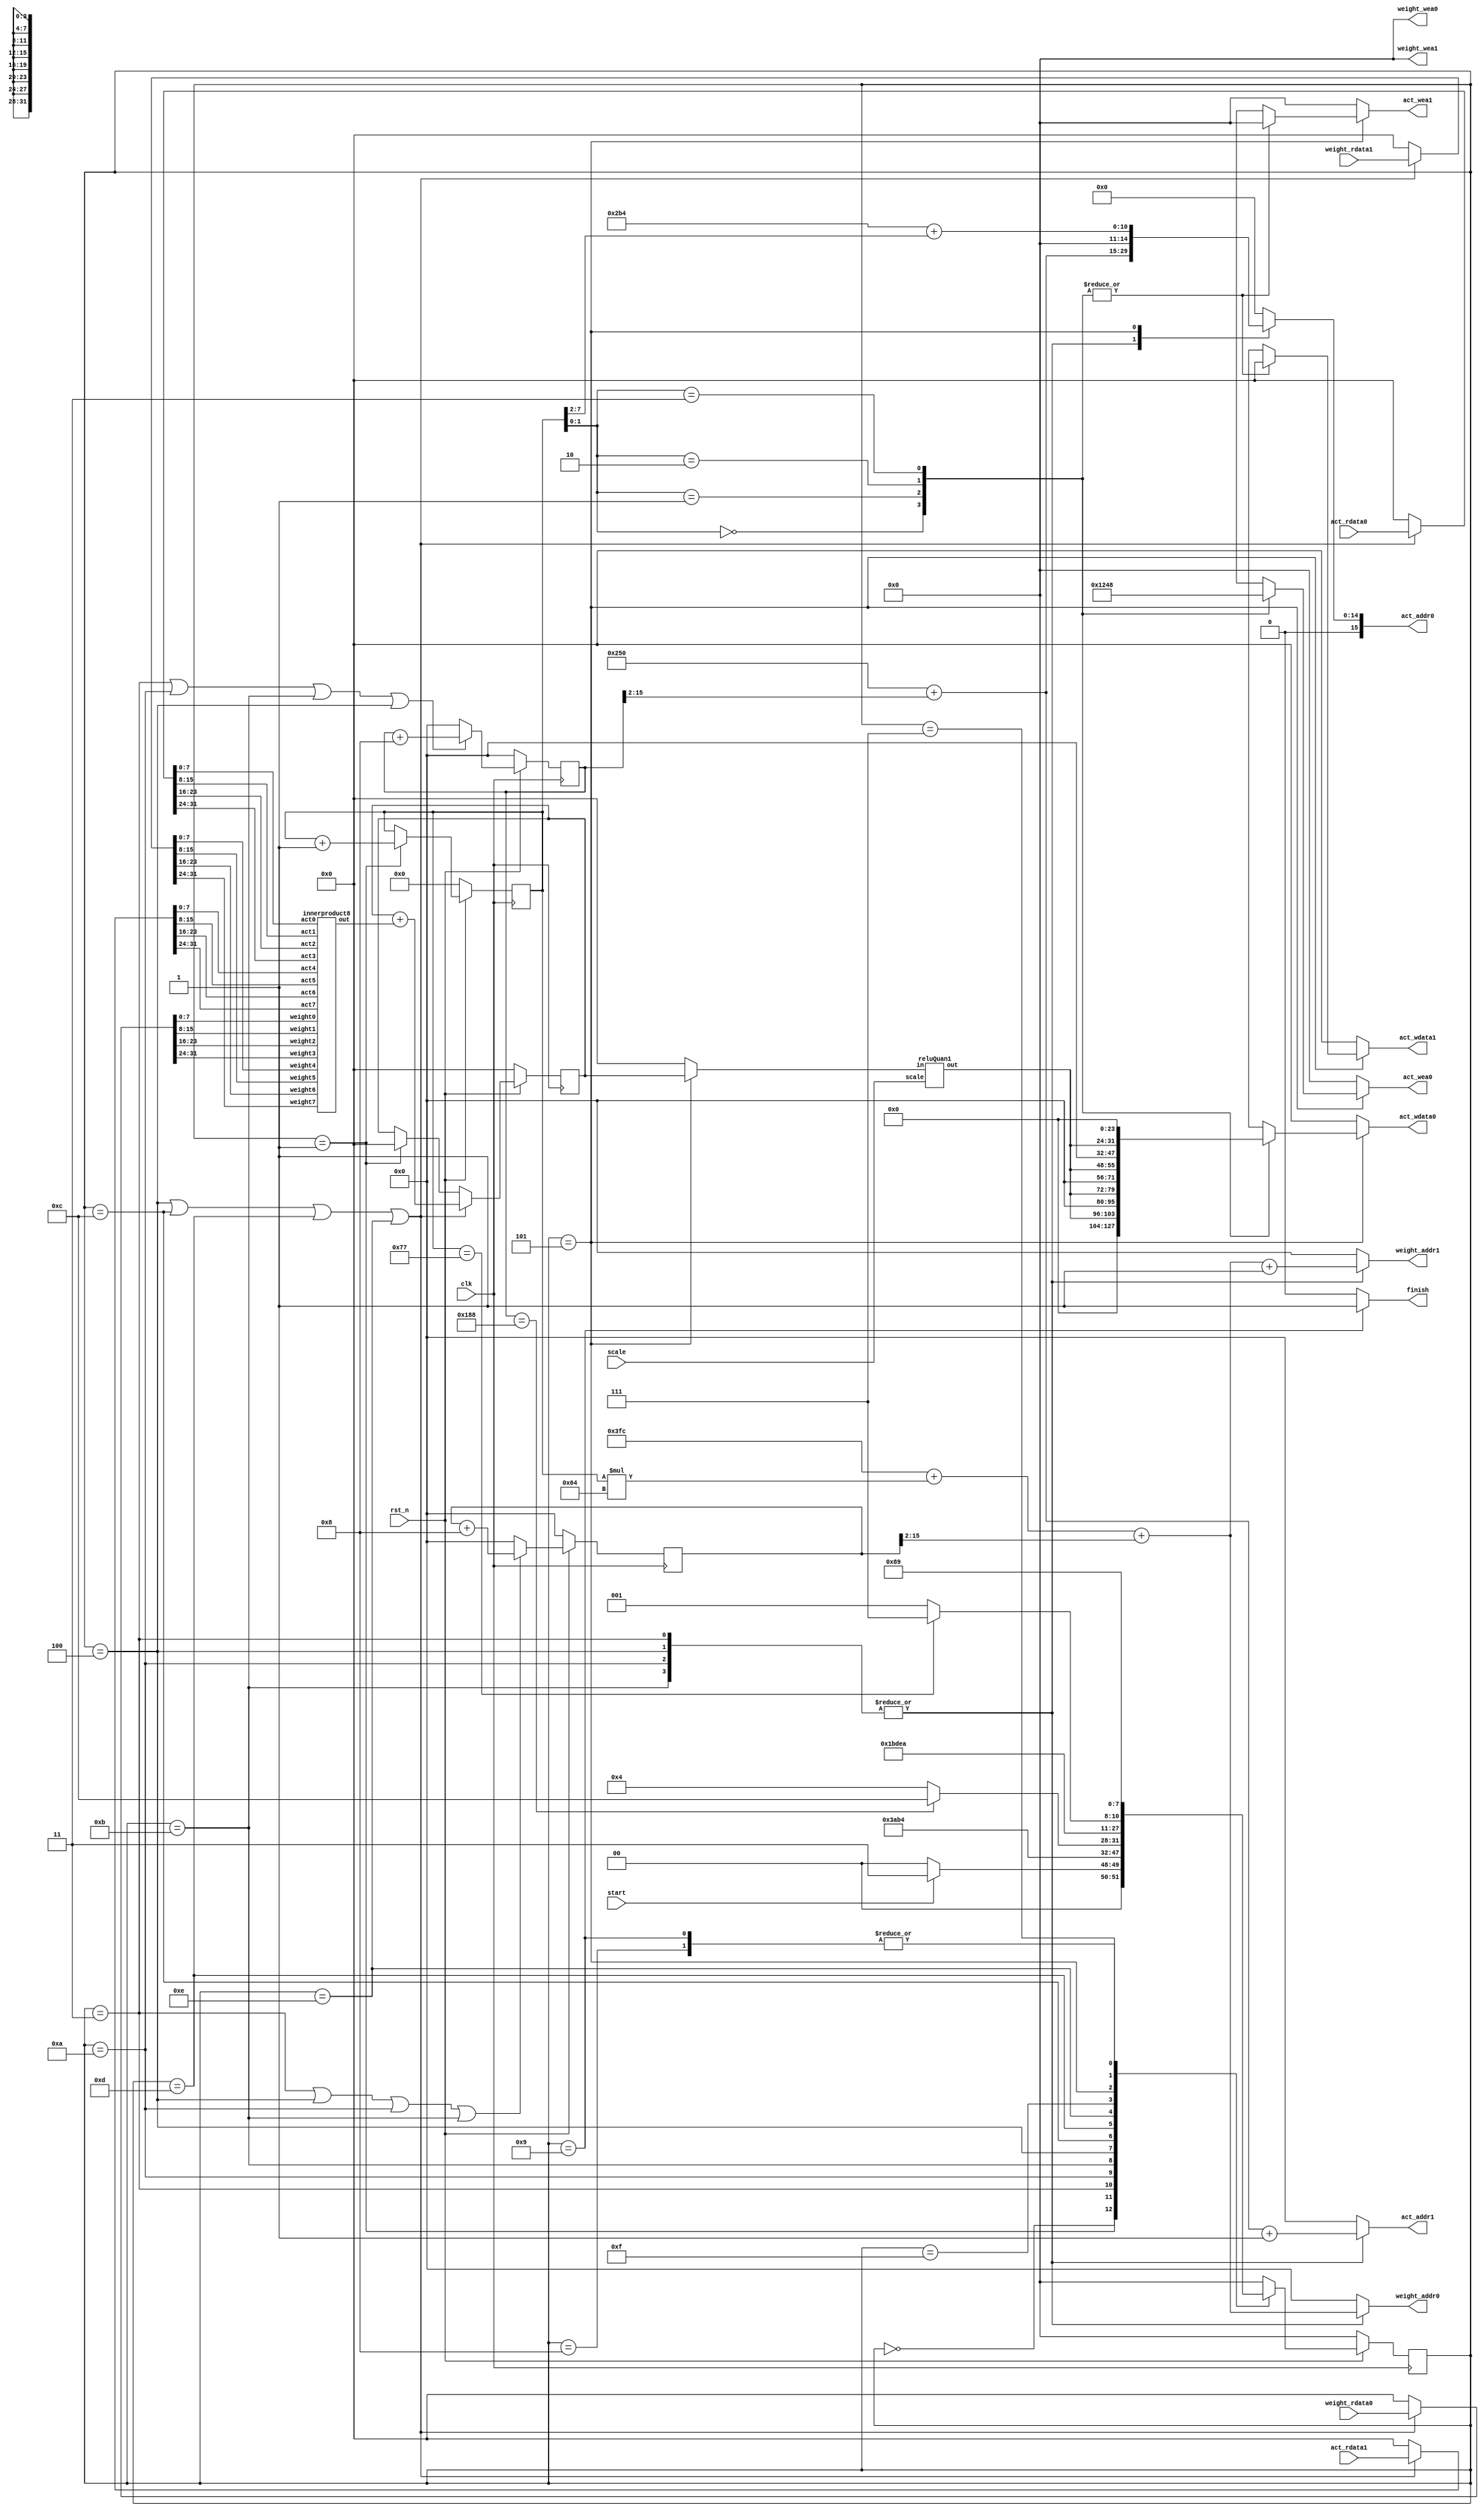
module conv3(
    // Weight sram, dual port
    input wire clk,
    input wire rst_n,
    input wire start,
    output reg finish,

    input wire [31:0] scale,
    output reg [ 3:0] weight_wea0,
    output reg [15:0] weight_addr0,
    input wire [31:0] weight_rdata0,
    output reg [ 3:0] weight_wea1,
    output reg [15:0] weight_addr1,
    input wire [31:0] weight_rdata1,

    // Activation sram, dual port
    output reg [ 3:0] act_wea0,
    output reg [15:0] act_addr0,
    output reg [31:0] act_wdata0,
    input wire [31:0] act_rdata0,
    output reg [ 3:0] act_wea1,
    output reg [15:0] act_addr1,
    output reg [31:0] act_wdata1,
    input wire [31:0] act_rdata1
);

    reg [3:0] state;
    reg [3:0] next_state;
    
    parameter [3:0] Pre=4'd0;
    parameter [3:0] Outchannel=4'd1;
    //parameter [3:0] Inchannel=4'd6;
    parameter [3:0] LoadWeight=4'd2;
    parameter [3:0] LoadAct=4'd3;
    parameter [3:0] Comp=4'd4;
    parameter [3:0] Quan=4'd5;


    parameter [3:0] Finish=4'd9;
    parameter [3:0] Wait0=4'd10;
    parameter [3:0] Wait1=4'd11;
    parameter [3:0] Wait2=4'd12;
    parameter [3:0] Wait3=4'd13;
    parameter [3:0] Wait4=4'd14;
    parameter [3:0] Wait5=4'd15;
    parameter [3:0] Waitend0=4'd7;
    parameter [3:0] Waitend1=4'd8;


    reg [31:0]activation0;
    reg [31:0]activation1;
    reg [39:0]weight0;
    reg [39:0]weight1;
    wire signed [31:0]comp_res;
    innerproduct8 inpro8(
        .weight0(weight0[7 :0 ]),
        .weight1(weight0[15:8 ]),
        .weight2(weight0[23:16]),
        .weight3(weight0[31:24]),
        .weight4(weight1[7 :0 ]),
        .weight5(weight1[15:8 ]),
        .weight6(weight1[23:16]),
        .weight7(weight1[31:24]),
        
        .act0(activation0[7 :0 ]),
        .act1(activation0[15:8 ]),
        .act2(activation0[23:16]),
        .act3(activation0[31:24]),
        .act4(activation1[7 :0 ]),
        .act5(activation1[15:8 ]),
        .act6(activation1[23:16]),
        .act7(activation1[31:24]),
        .out(comp_res)
    );

    reg [31:0] prq_in;
    wire [7:0] quanout;
    reluQuan1 rq(
        .scale (scale),
        .in(prq_in),
        .out(quanout)
    );

    
//output channel
    reg [7:0]out_channel;
    reg [7:0]next_out_channel;
    
    always @(posedge clk) begin
        if(!rst_n)begin
            out_channel <= 0;
        end
        else begin
            out_channel <= next_out_channel;
        end
    end
    always @(*) begin
        if(state==Outchannel)begin
            next_out_channel=out_channel + 1;
        end
        else begin
            next_out_channel = out_channel;
        end
    end
    //input channel
    /*reg [7:0]in_channel;
    reg [7:0]next_in_channel;
    always @(posedge clk) begin
        if(!rst_n)begin
            in_channel <= 0;
        end
        else begin
            in_channel <= next_in_channel;
        end
    end*/
    

    //row weight count
    reg [15:0]weight_cnt;
    reg [15:0]next_weight_cnt;
    always@(posedge clk) begin
        if(!rst_n) begin
            weight_cnt <= 15'd0;
        end
        else begin
            weight_cnt <= next_weight_cnt;
        end
    end
    always@(*)begin
        if (state==LoadAct||state==Comp||state==Wait0||state==Wait1)begin
            next_weight_cnt =weight_cnt+8;
        end  
        else begin
            next_weight_cnt = 0;
        end
    end
//loading weight
    reg [15:0]loading_weight_cnt;
    reg [15:0]next_loading_weight_cnt;
    always@(posedge clk) begin
        if(!rst_n) begin
            loading_weight_cnt <= 4'd0;
        end
        else begin
            loading_weight_cnt <= next_loading_weight_cnt;
        end
    end
    always@(*)begin
        if (state==LoadAct||state==Comp||state==Wait0||state==Wait1||state==Wait2||state==Wait3||state==Wait4||state==Wait5)begin
            next_loading_weight_cnt =loading_weight_cnt+8;
        end  
        else begin
            next_loading_weight_cnt = 0;
        end
    end
    //save weight to array

    integer i;
    integer j;
    
     //id of to-load activation 
    reg [15:0]act_cnt;
    reg [15:0]next_act_cnt;
    always@(posedge clk)begin
        if(!rst_n) begin
            act_cnt<=16'd0;
        end
        else begin 
            act_cnt <= next_act_cnt;
        end
    end
    always @(*)begin
        if (state==LoadAct||state==Wait0||state==Wait1||state==Comp)begin
            next_act_cnt = act_cnt+16'd8;
        end
        else begin
            next_act_cnt = 0;
        end
    end
    //row act
   
    //computing activation
    reg [15:0]cpact_cnt;
    reg [15:0]next_cpact_cnt;
    always@(posedge clk)begin
        if(!rst_n) begin
            cpact_cnt<=15'd0;
        end
        else begin 
            cpact_cnt <= next_cpact_cnt;
        end
    end
    always @(*)begin
        if (state==Comp||state==Wait2||state==Wait3||state==Wait4)begin
            next_cpact_cnt = cpact_cnt+8'd8;
        end
        else begin
            next_cpact_cnt = 0;
        end
    end
    


    //save the psum
    //output array for a channel
    reg signed [31:0] out_act;
    reg signed [31:0] next_out_psum; 
    //integer i,j;
    always@(posedge clk)begin
        if(!rst_n) begin
            out_act <= 0;
        end
        else begin 
            if(state==Comp||state==Wait2||state==Wait3||state==Wait4)begin
                out_act <= next_out_psum;
            end
            else begin
                //debug
                if(state==Outchannel)begin
                    out_act <= 0;
                end
                else begin
                    out_act <= out_act;
                end
                
            end
        end
        
    end
    //combinational saving and adding the psum 
    always @(*)begin
        if(state==Comp||state==Wait2||state==Wait3||state==Wait4)begin
            next_out_psum = out_act + comp_res;
        end
        else begin
            next_out_psum = 0;
        end
    end
    
//combinational for asserting the intput for conv
    always @(*)begin
        if(state==Comp||state==Wait2||state==Wait3||state==Wait4)begin
            //data for computing
            weight0 = weight_rdata0;
            weight1 = weight_rdata1;
            activation0 = act_rdata0;
            activation1 = act_rdata1;
        end
        else begin
            weight0 = 0;
            weight1 = 0;
            activation0=0;
            activation1=0;
        end
    end
    //save back to sram and pooling relu quan
    always @(*)begin
        if(state==Quan)begin
            prq_in=out_act;
        end
        else begin
            prq_in = 0;
        end
    end

//FSM
    always@(posedge clk) begin
        if(!rst_n) begin
            state <= Pre;
        end
        else begin
            state <= next_state;
        end
    end
    always @*begin
        case(state)
            Pre:begin
                weight_addr0 = 16'd0;
                weight_addr1 = 16'd0;
                weight_wea0 = 4'b0000;
                weight_wea1 = 4'b0000;
                act_addr0 = 16'd0;
                act_addr1 = 16'd0;
                act_wdata0 = 32'd0;
                act_wdata1 = 32'd0;
                act_wea0 = 4'b0000;
                act_wea1 = 4'b0000;
                if(start==1'b1)begin
                    next_state=LoadAct;
                end
                else begin
                    next_state=Pre;
                end
                finish = 0;
            end
            Outchannel:begin
                weight_addr0 = 16'd0;
                weight_addr1 = 16'd0;
                weight_wea0 = 4'b0000;
                weight_wea1 = 4'b0000;
                act_addr0 = 16'd0;
                act_addr1 = 16'd0;
                act_wdata0 = 32'd0;
                act_wdata1 = 32'd0;
                act_wea0 = 4'b0000;
                act_wea1 = 4'b0000;
                next_state=LoadAct;
                finish = 0;
            end
            LoadAct:begin
                next_state=Wait0;
                weight_addr0=16'd1020 + out_channel*100 + weight_cnt[15:2];
                weight_addr1=16'd1020 + out_channel*100 + weight_cnt[15:2] + 1;
                weight_wea0=4'b0000;
                weight_wea1=4'b0000;
                act_addr0 = 16'd592 + act_cnt [15:2];
                act_addr1 = 16'd592 + act_cnt [15:2] + 1;
                act_wea0 = 4'b0000;
                act_wea1 = 4'b0000;
                act_wdata0 = 32'd0;
                act_wdata1 = 32'd0;
                finish = 0;
            end
            Wait0:begin
                weight_addr0=16'd1020 + out_channel*100 + weight_cnt[15:2];
                weight_addr1=16'd1020 + out_channel*100 + weight_cnt[15:2] + 1;
                weight_wea0 = 4'b0000;
                weight_wea1 = 4'b0000;
                act_addr0=16'd592 + act_cnt [15:2];
                act_addr1=16'd592 + act_cnt [15:2] + 1;
                act_wea0=4'b0000;
                act_wea1=4'b0000;
                act_wdata0 = 32'd0;
                act_wdata1 = 32'd0;
                next_state=Wait1;
                finish = 0;
            end
            Wait1:begin
                weight_addr0=16'd1020 + out_channel*100 + weight_cnt[15:2];
                weight_addr1=16'd1020 + out_channel*100 + weight_cnt[15:2] + 1;
                weight_wea0 = 4'b0000;
                weight_wea1 = 4'b0000;
                act_addr0=16'd592 + act_cnt [15:2];
                act_addr1=16'd592 + act_cnt [15:2] + 1;
                act_wea0=4'b0000;
                act_wea1=4'b0000;
                act_wdata0 = 32'd0;
                act_wdata1 = 32'd0;
                next_state=Comp;
                finish = 0;
            end
            
            Comp:begin
                weight_addr0=16'd1020 + out_channel*100 + weight_cnt[15:2];
                weight_addr1=16'd1020 + out_channel*100 + weight_cnt[15:2] + 1;
                weight_wea0 = 4'b0000;
                weight_wea1 = 4'b0000;
                //load data (3 cycle later)
                act_addr0=16'd592 + act_cnt [15:2];
                act_addr1=16'd592 + act_cnt [15:2] + 1;
                act_wea0=4'b0000;
                act_wea1=4'b0000;
                act_wdata0 = 32'd0;
                act_wdata1 = 32'd0;
                if(act_cnt==16'd392)begin
                    next_state=Wait2;
                end
                else begin
                    next_state=Comp;
                end
                finish = 0;
            end 
            Wait2:begin
                weight_addr0 = 16'd0;
                weight_addr1 = 16'd0;
                weight_wea0 = 4'b0000;
                weight_wea1 = 4'b0000;
                act_addr0=0;
                act_addr1=0;
                act_wea0=4'b0000;
                act_wea1=4'b0000;
                act_wdata0 = 32'd0;
                act_wdata1 = 32'd0;
                next_state=Wait3;
                finish = 0;
            end
            Wait3:begin
                weight_addr0 = 16'd0;
                weight_addr1 = 16'd0;
                weight_wea0 = 4'b0000;
                weight_wea1 = 4'b0000;
                act_addr0=0;
                act_addr1=0;
                act_wea0=4'b0000;
                act_wea1=4'b0000;
                act_wdata0 = 32'd0;
                act_wdata1 = 32'd0;
                next_state=Wait4;
                finish = 0;
            end
            Wait4:begin
                weight_addr0 = 16'd0;
                weight_addr1 = 16'd0;
                weight_wea0 = 4'b0000;
                weight_wea1 = 4'b0000;
                act_addr0 = 16'd0;
                act_addr1 = 16'd0;
                act_wdata0 = 32'd0;
                act_wdata1 = 32'd0;
                act_wea0 = 4'b0000;
                act_wea1 = 4'b0000;
                next_state=Wait5;
                finish = 0;
            end
            Wait5:begin
                weight_addr0 = 16'd0;
                weight_addr1 = 16'd0;
                weight_wea0 = 4'b0000;
                weight_wea1 = 4'b0000;
                act_addr0 = 16'd0;
                act_addr1 = 16'd0;
                act_wdata0 = 32'd0;
                act_wdata1 = 32'd0;
                act_wea0 = 4'b0000;
                act_wea1 = 4'b0000;
                
                next_state=Quan;
                finish = 0;
            end
            Quan:begin
                weight_addr0 = 16'd0;
                weight_addr1 = 16'd0;
                weight_wea0 = 4'b0000;
                weight_wea1 = 4'b0000;
                act_addr0 = 16'd692 + out_channel[7:2] ;
                act_addr1 = 0;
                case( out_channel[1:0])
                    2'd0:begin
                        act_wdata0 = {24'd0,quanout};
                        act_wdata1 = 0;
                        act_wea0 = 4'b0001;
                        act_wea1 = 4'b0000;
                    end
                    2'd1:begin
                        act_wdata0 = { 16'd0,quanout,8'd0 };
                        act_wdata1 = 0;
                        act_wea0 = 4'b0010;
                        act_wea1 = 4'b0000;
                    end
                    2'd2:begin
                        act_wdata0 = { 8'd0,quanout,16'd0 };
                        act_wdata1 = 0;
                        act_wea0 = 4'b0100;
                        act_wea1 = 4'b0000;
                    end
                    2'd3:begin
                        act_wdata0 = { quanout,24'd0 };
                        act_wdata1 = 0;
                        act_wea0 = 4'b1000;
                        act_wea1 = 4'b0000;
                    end
                    default:begin
                        act_wdata0 = 0;
                        act_wdata1 = 0;
                        act_wea0 = 4'b0000;
                        act_wea1 = 4'b0000;
                    end
                endcase
                
                
                if(out_channel==8'd119)begin
                    next_state=Waitend0;
                end
                else begin
                    next_state=Outchannel;
                end
                finish = 0;
                
               
            end
            Waitend0:begin
                weight_addr0 = 16'd0;
                weight_addr1 = 16'd0;
                weight_wea0 = 4'b0000;
                weight_wea1 = 4'b0000;
                act_addr0 = 16'd0;
                act_addr1 = 16'd0;
                act_wdata0 = 32'd0;
                act_wdata1 = 32'd0;
                act_wea0 = 4'b0000;
                act_wea1 = 4'b0000;
                next_state=Waitend1;
                finish = 0;
            end
            Waitend1:begin
                weight_addr0 = 16'd0;
                weight_addr1 = 16'd0;
                weight_wea0 = 4'b0000;
                weight_wea1 = 4'b0000;
                act_addr0 = 16'd0;
                act_addr1 = 16'd0;
                act_wdata0 = 32'd0;
                act_wdata1 = 32'd0;
                act_wea0 = 4'b0000;
                act_wea1 = 4'b0000;
                next_state=Finish;
                finish = 0;
            end
            Finish:begin
                weight_addr0 = 16'd0;
                weight_addr1 = 16'd0;
                weight_wea0 = 4'b0000;
                weight_wea1 = 4'b0000;
                act_addr0 = 16'd0;
                act_addr1 = 16'd0;
                act_wdata0 = 32'd0;
                act_wdata1 = 32'd0;
                act_wea0 = 4'b0000;
                act_wea1 = 4'b0000;
                next_state = Finish;
                finish = 1;
            end
            
            default:  begin
                weight_addr0 = 16'd0;
                weight_addr1 = 16'd0;
                weight_wea0 = 4'b0000;
                weight_wea1 = 4'b0000;
                act_addr0 = 16'd0;
                act_addr1 = 16'd0;
                act_wdata0 = 32'd0;
                act_wdata1 = 32'd0;
                act_wea0 = 4'b0000;
                act_wea1 = 4'b0000;
                next_state=Pre; 
                finish = 0;
            end

        endcase
    end

endmodule

module innerproduct8(
    input signed [7:0] weight0,
    input signed [7:0] weight1,
    input signed [7:0] weight2,
    input signed [7:0] weight3,
    input signed [7:0] weight4,
    input signed [7:0] weight5,
    input signed [7:0] weight6,
    input signed [7:0] weight7,
    
    input signed [7:0] act0,
    input signed [7:0] act1,
    input signed [7:0] act2,
    input signed [7:0] act3,
    input signed [7:0] act4,
    input signed [7:0] act5,
    input signed [7:0] act6,
    input signed [7:0] act7,
    output signed [31:0] out
);

    wire signed[31:0] wr0;
    wire signed[31:0] wr1;
    wire signed[31:0] wr2;
    wire signed[31:0] wr3;
    wire signed[31:0] wr4;
    wire signed[31:0] wr5;
    wire signed[31:0] wr6;
    wire signed[31:0] wr7;

    
    assign wr0 = act0 * weight0;
    assign wr1 = act1 * weight1;
    assign wr2 = act2 * weight2;
    assign wr3 = act3 * weight3;
    assign wr4 = act4 * weight4;
    assign wr5 = act5 * weight5;
    assign wr6 = act6 * weight6;
    assign wr7 = act7 * weight7;

    assign out = wr0 + wr1 + wr2 + wr3 + wr4 + wr5 + wr6 + wr7;


endmodule
//relu quan
module reluQuan1(
    input signed [31:0]scale,
    input signed [31:0]in,
    output signed [7:0]out
);
    wire signed [31:0]relu;
    assign relu = (!in[31]) ? in : 0;

    wire signed [63:0]scaled;
    assign scaled = relu * scale;

    assign out = (scaled[63:23]==0) ? scaled[23:16] : 8'd127;
endmodule